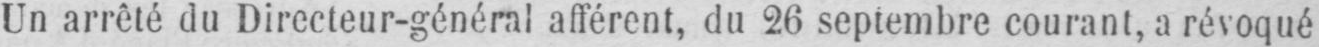
Un arrêté du Directeur-général afférent, du 26 septembre courant, a révoqué